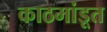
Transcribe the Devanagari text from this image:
काठमांडूत